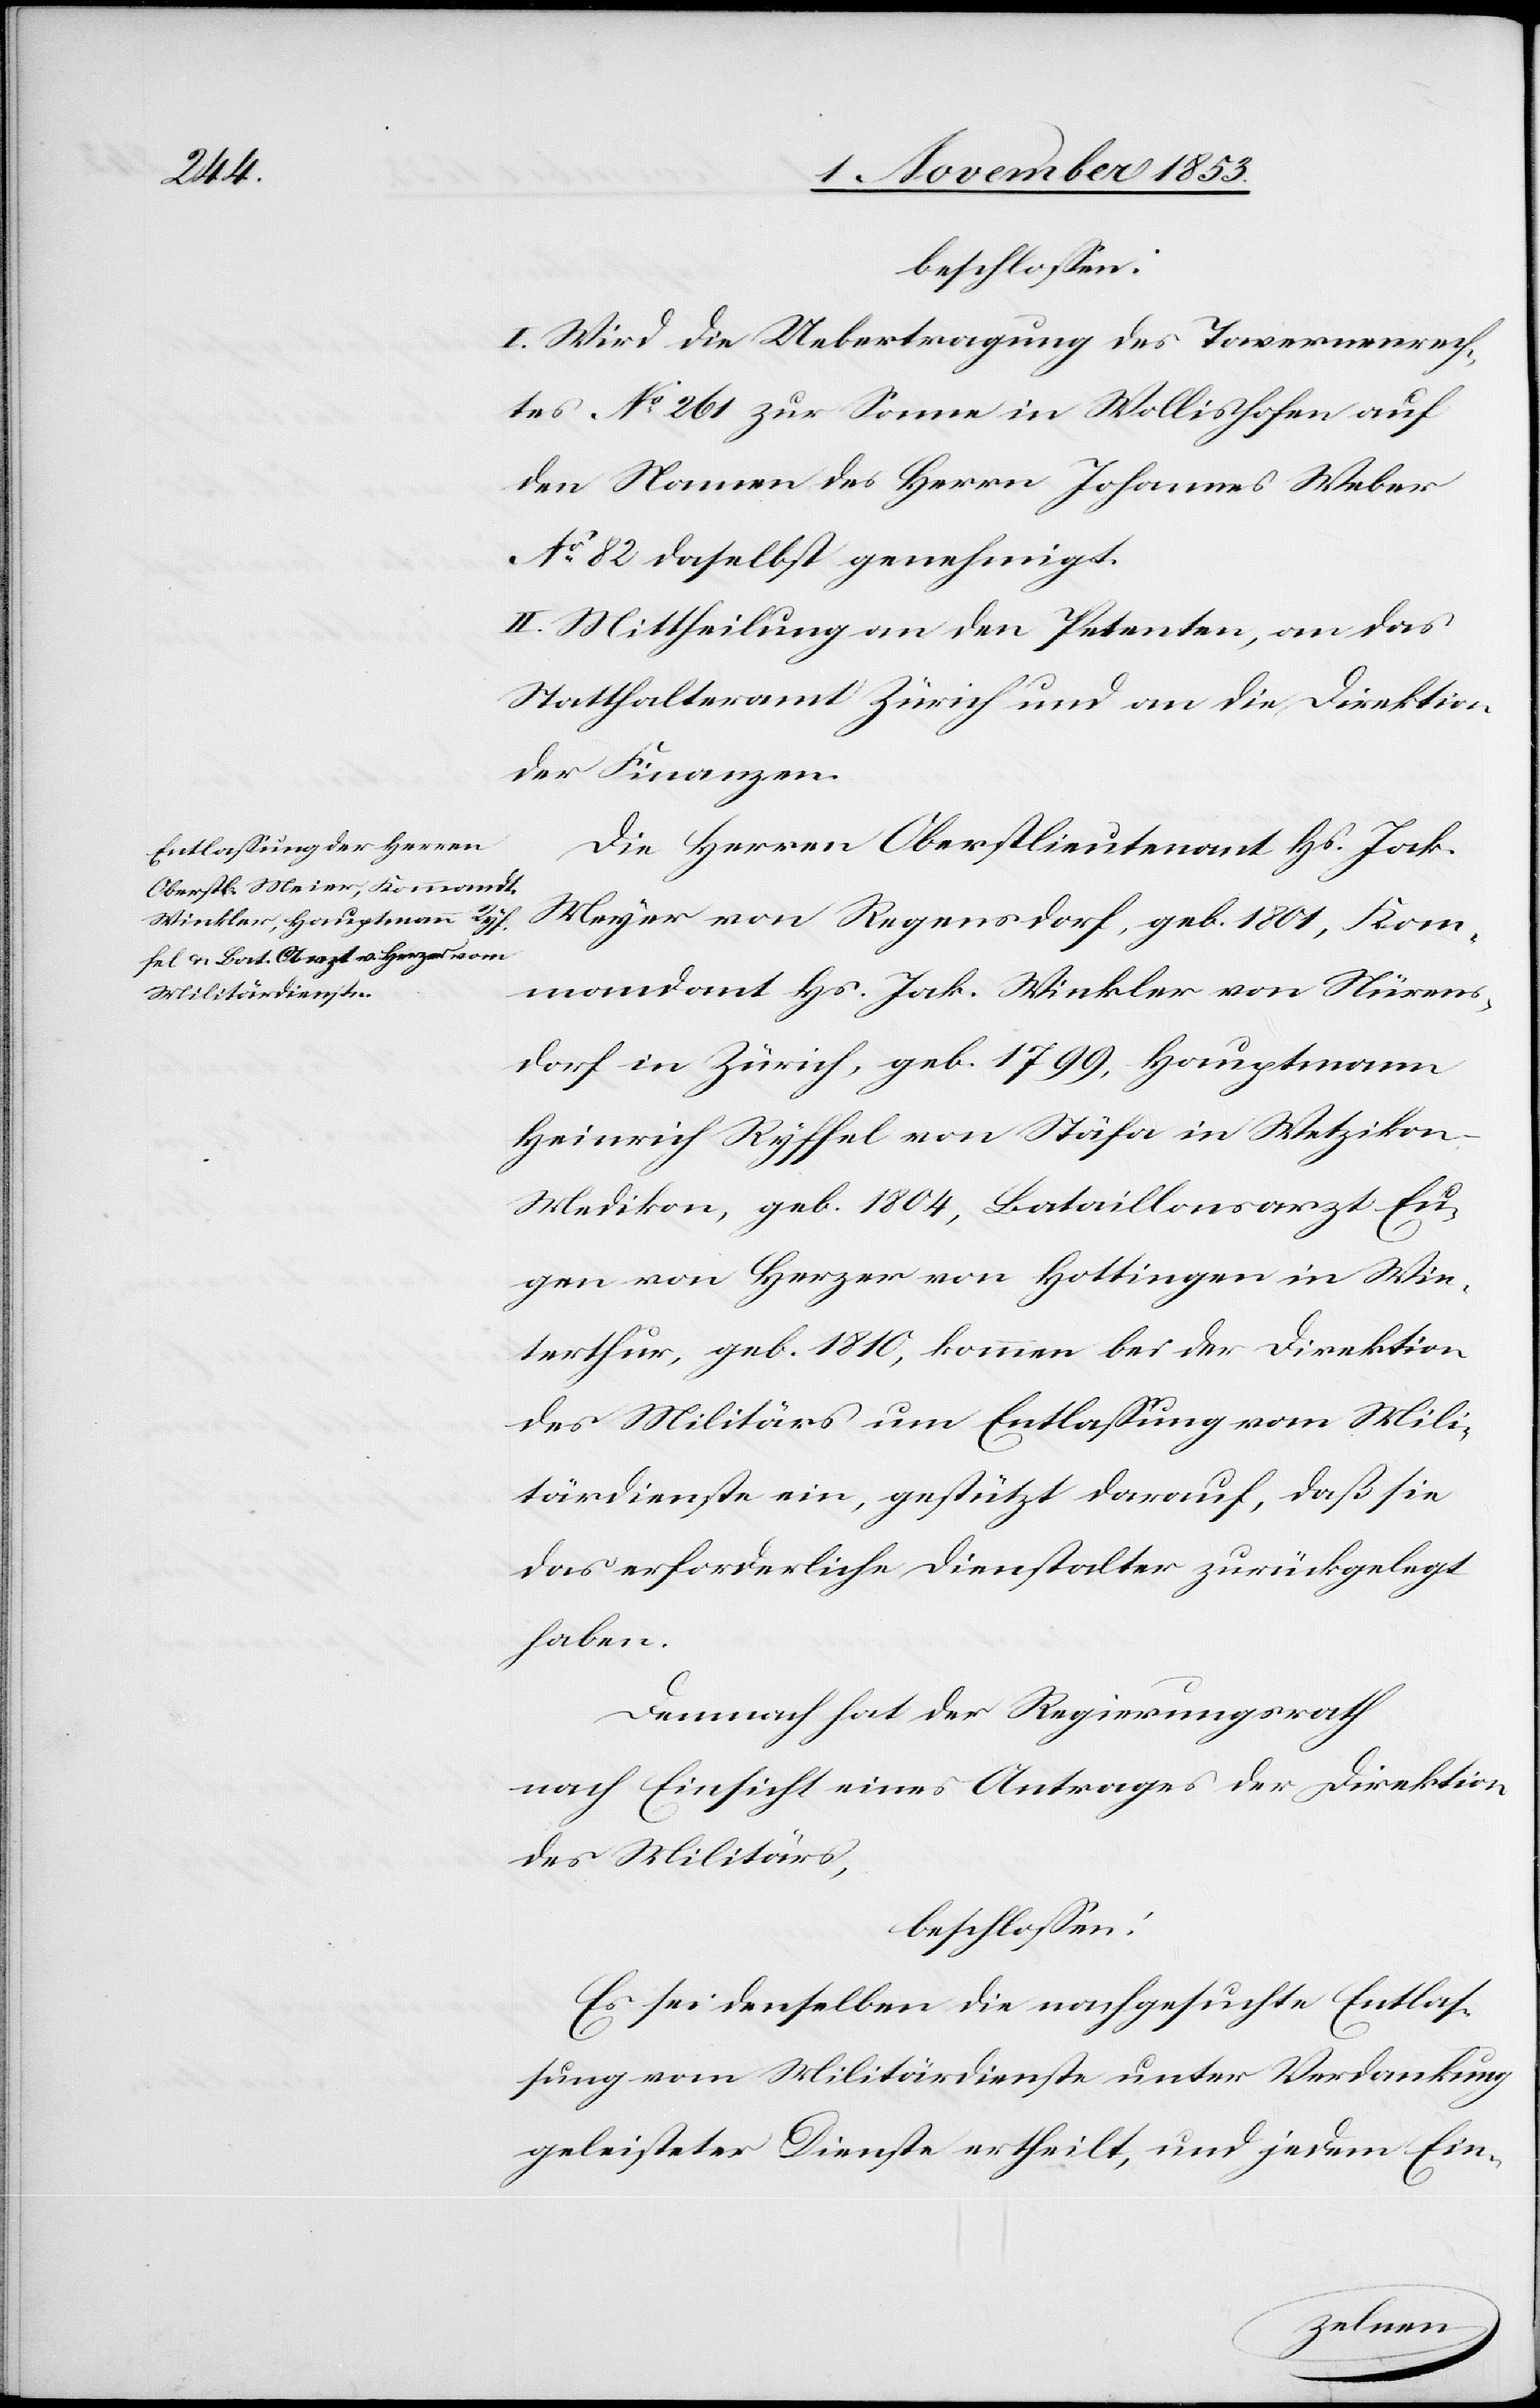
beschloßen:
I. Wird die Uebertragung des Tavernenrech¬
tes N° 261 zur Sonne in Wollishofen auf
den Namen des Herrn Johannes Weber
N° 82 daselbst genehmigt.
II. Mittheilung an den Petenten, an das
Statthalteramt Zürich und an die Direktion
der Finanzen.
Die Herren Oberstlieutnant Hs. Jak.
Meyer von Regensdorf, geb. 1801,Kom¬
mandant Hs. Jak. Winkler von Nürens¬
dorf in Zürich, geb. 1799, Hauptmann
Heinrich Ryffel von Stäfa in Wetzikon-M¬
edikon, geb. 1804, Bataillonsarzt Eu¬
gen von Herzer von Hottingen in Win¬
terthur, geb. 1810, kommen bei der Direktion
des Militärs um Entlaßung vom Mili¬
tärdienste ein, gestützt darauf, daß sie
das erforderliche Dienstalter zurückgelegt
haben.
Demnach hat der Regierungsrath
nach Einsicht eines Antrages der Direktion
des Militärs,
beschloßen:
Es sei denselben die nachgesuchte Entlaß¬
ung vom Militärdienste unter Verdankung
geleisteter Dienste ertheilt, und jedem Ein-